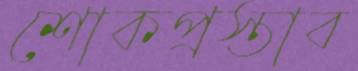
শোকপ্রস্তাব